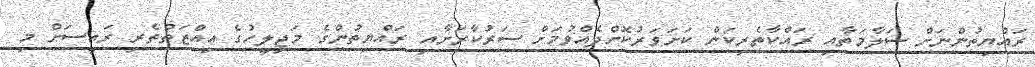
ރައްޔިތުންނަށް ސަލާމަތާއި ރައްކާތެރިކަން ކަށަވަރުކޮށްދެއްވުމަށް ސަރުކާރަށާއި ރައްޔިތުންގެ މަޖިލީހުގެ ޢިއްޒަތްތެރި ރައީސަށް މި